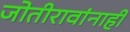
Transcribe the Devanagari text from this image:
जोतीरावांनाही